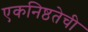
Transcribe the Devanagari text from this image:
एकनिष्ठतेची